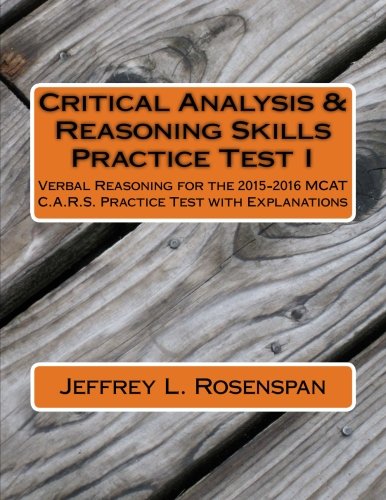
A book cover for MCAT Critical Analysis and Reasoning Skills (CARS): 2015-2016 Edition (Rosenspan MCAT Preparation) (Volume 8); Jeffrey L. Rosenspan; Test Preparation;